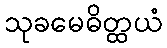
သုခမေဓိတ္ထယံ